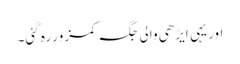
اور یہی ایڑھی والی جگہ کمزور رہ گئی۔